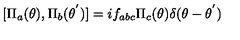
[ { \Pi } _ { a } ( { \theta } ) , { \Pi } _ { b } ( { \theta } ^ { ' } ) ] = i f _ { a b c } { \Pi } _ { c } ( { \theta } ) { \delta } ( \theta - { \theta } ^ { ' } )